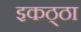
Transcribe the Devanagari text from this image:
इकठ्‍ठा